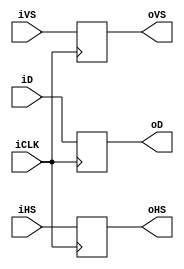
module RE_TRIGGER ( 
 input iCLK , 
 input [9:0] iD , 
 output reg [9:0]  oD , 
 input iHS,
 input iVS,
 output reg  oHS,
 output reg  oVS

);
always @(posedge iCLK )begin 
   oD <=iD ; 
   oVS<=iVS;  
   oHS<=iHS;  
end  

endmodule